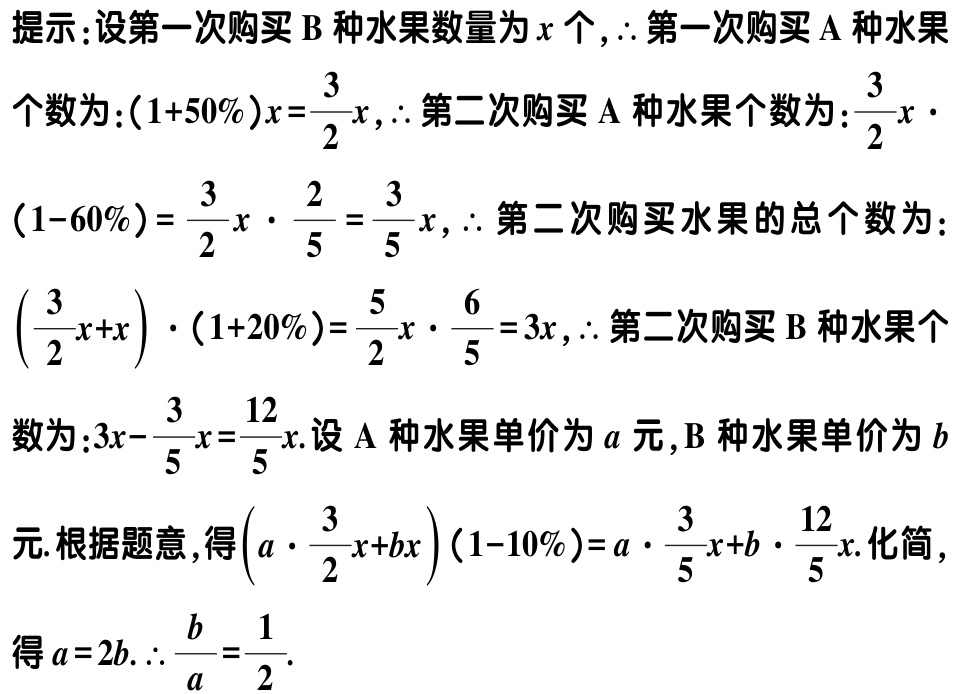
提示：设第一次购买$\mathrm{B}$种水果数量为$x$个,$\therefore$第一次购买$\mathrm{A}$种水果

个数为：$(1 + 50\%)x=\frac{3}{2}x$,$\therefore$第二次购买$\mathrm{A}$种水果个数为：$\frac{3}{2}x\cdot$

$(1 - 60\%)=\frac{3}{2}x\cdot\frac{2}{5}=\frac{3}{5}x$,$\therefore$第二次购买水果的总个数为：

$(\frac{3}{2}x + x)\cdot(1 + 20\%)=\frac{5}{2}x\cdot\frac{6}{5}=3x$,$\therefore$第二次购买$\mathrm{B}$种水果个

数为：$3x-\frac{3}{5}x=\frac{12}{5}x$.设$\mathrm{A}$种水果单价为$a$元,$\mathrm{B}$种水果单价为$b$

元.根据题意,得$(a\cdot\frac{3}{2}x + bx)(1 - 10\%)=a\cdot\frac{3}{5}x + b\cdot\frac{12}{5}x$.化简,

得$a = 2b$.$\therefore\frac{b}{a}=\frac{1}{2}$.